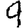
Digit: 9